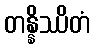
တန္နိဿိတံ